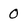
Character: 0